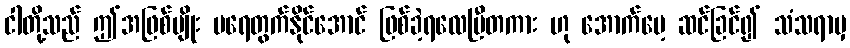
ငါတို့သည် ဤအဖြစ်မျိုး မရေတွက်နိုင်အောင် ဖြစ်ခဲ့ရလေပြီတကား ဟု အောက်မေ့ ဆင်ခြင်၍ သံသရာမှ